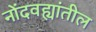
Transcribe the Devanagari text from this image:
नोंदवह्यांतील